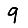
Digit: 9